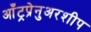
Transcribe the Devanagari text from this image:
आँट्रप्रेनुअरशीप